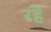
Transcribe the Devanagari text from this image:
रहॆं